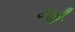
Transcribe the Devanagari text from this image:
८डी